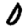
Digit: 0